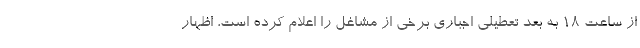
از ساعت ۱۸ به بعد تعطیلی اجباری برخی از مشاغل را اعلام کرده است، اظهار